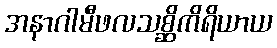
အနာဂါမီဖလသစ္ဆိကိရိယာယ